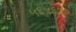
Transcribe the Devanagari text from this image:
५६५६७४